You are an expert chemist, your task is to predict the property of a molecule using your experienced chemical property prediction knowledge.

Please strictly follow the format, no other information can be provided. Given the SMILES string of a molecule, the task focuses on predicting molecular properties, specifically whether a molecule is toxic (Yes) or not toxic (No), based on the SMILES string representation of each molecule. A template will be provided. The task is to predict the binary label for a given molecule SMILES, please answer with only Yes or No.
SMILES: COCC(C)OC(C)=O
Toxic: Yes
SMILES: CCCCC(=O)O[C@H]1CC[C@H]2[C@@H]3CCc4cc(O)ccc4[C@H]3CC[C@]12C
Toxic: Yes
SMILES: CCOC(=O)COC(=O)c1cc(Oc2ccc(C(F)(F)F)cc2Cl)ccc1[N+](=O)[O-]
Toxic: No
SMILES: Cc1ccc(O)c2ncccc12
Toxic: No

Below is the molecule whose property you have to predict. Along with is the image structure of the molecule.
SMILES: CNNCc1ccc(C(=O)NC(C)C)cc1
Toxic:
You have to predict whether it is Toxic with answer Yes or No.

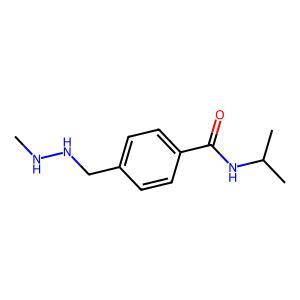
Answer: No